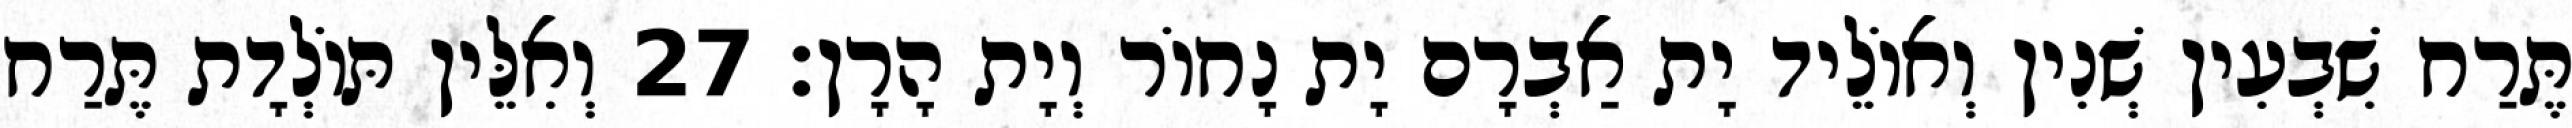
תֶּרַח שִׁבְעִין שְׁנִין וְאוֹלֵיד יָת אַבְרָם יָת נָחוֹר וְיָת הָרָן׃ 27 וְאִלֵּין תּוֹלְדָת תֶּרַח